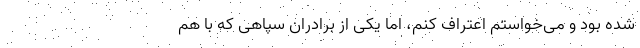
شده بود و می‌خواستم اعتراف کنم، اما یکی از برادران سپاهی که با هم